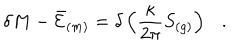
\delta M - \bar { \cal E } _ { ( m ) } = \delta \left( { \frac { \kappa } { 2 \pi } } S _ { ( g ) } \right) .